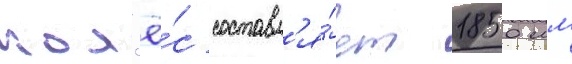
кол'ё́с составл'я́ет 1850 мм